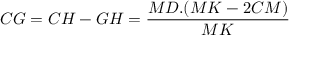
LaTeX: C G = C H - G H = { \frac { M D . ( M K - 2 C M ) } { M K } }